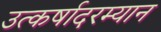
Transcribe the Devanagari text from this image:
उत्कर्षादरम्यान